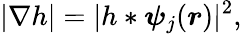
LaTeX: |\nabla h|=|h\ast\boldsymbol\psi_{j}(\boldsymbol r)|^{2},